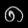
Digit: ၈